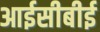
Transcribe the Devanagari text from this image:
आईसीबीई